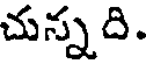
చున్నది.